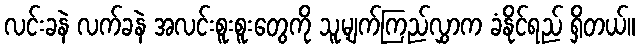
လင်းခနဲ လက်ခနဲ အလင်းစူးစူးတွေကို သူ့မျက်ကြည်လွှာက ခံနိုင်ရည် ရှိတယ်။